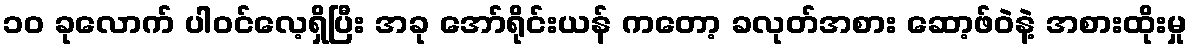
၁၀ ခုလောက် ပါဝင်လေ့ရှိပြီး အခု အော်ရိုင်းယန် ကတော့ ခလုတ်အစား ဆော့ဖ်ဝဲနဲ့ အစားထိုးမှု